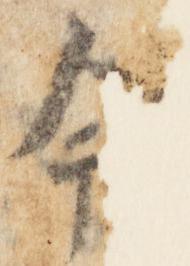
今